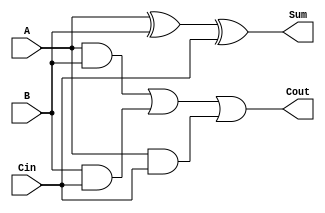
module FADD(
	input A,
	input B,
	input Cin,
	output Sum,
	output Cout
);
assign Sum = A^B^Cin;
assign Cout = (A&B)|(B&Cin)|(A&Cin);
endmodule